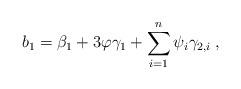
LaTeX: \begin{align*} b_1 = \beta_1 + 3\varphi\gamma_1 + \sum_{i=1}^n \psi_i \gamma_{2,i}\;,\end{align*}